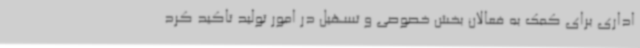
اداری برای کمک به فعالان بخش خصوصی و تسهیل در امور تولید تاکید کرد